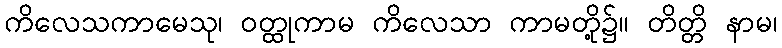
ကိလေသကာမေသု၊ ဝတ္ထုကာမ ကိလေသာ ကာမတို့၌။ တိတ္တိ နာမ၊